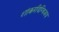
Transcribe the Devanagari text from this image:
शांकरदिग्विजय